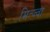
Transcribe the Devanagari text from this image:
मित्ज्वा